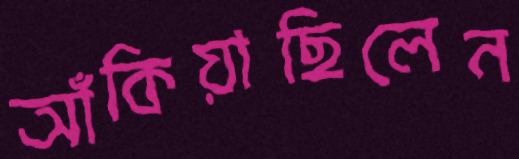
আঁকিয়াছিলেন